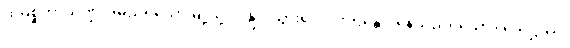
ထိုမစ္ဆိကာသဏ္ဍအမည်ရှိသောမြို့သို့။ ဂန္တွာ၊ သွား၍။ ဝိဟရန္တော၊ နေသည်ရှိသော်။ သေဋ္ဌိဿ၊